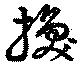
換